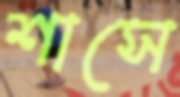
শাসে